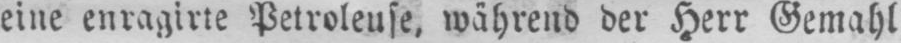
eine enragirte Petroleuse, während der Herr Gemahl